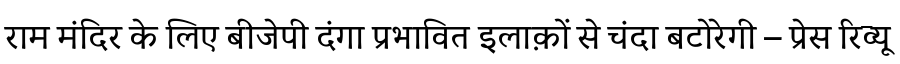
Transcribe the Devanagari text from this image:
राम मंदिर के लिए बीजेपी दंगा प्रभावित इलाक़ों से चंदा बटोरेगी – प्रेस रिव्यू